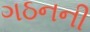
ગઠનની